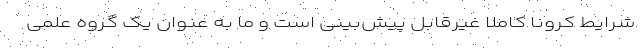
شرایط کرونا کاملا غیرقابل پیش‌بینی است و ما به عنوان یک گروه علمی